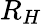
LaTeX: R_{H}